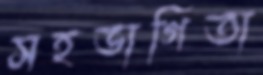
সহভাগিতা